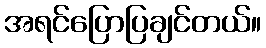
အရင်ပြောပြချင်တယ်။